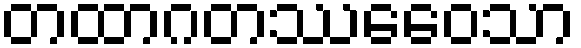
တထာဂတဿေဝေသာ